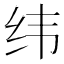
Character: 纬